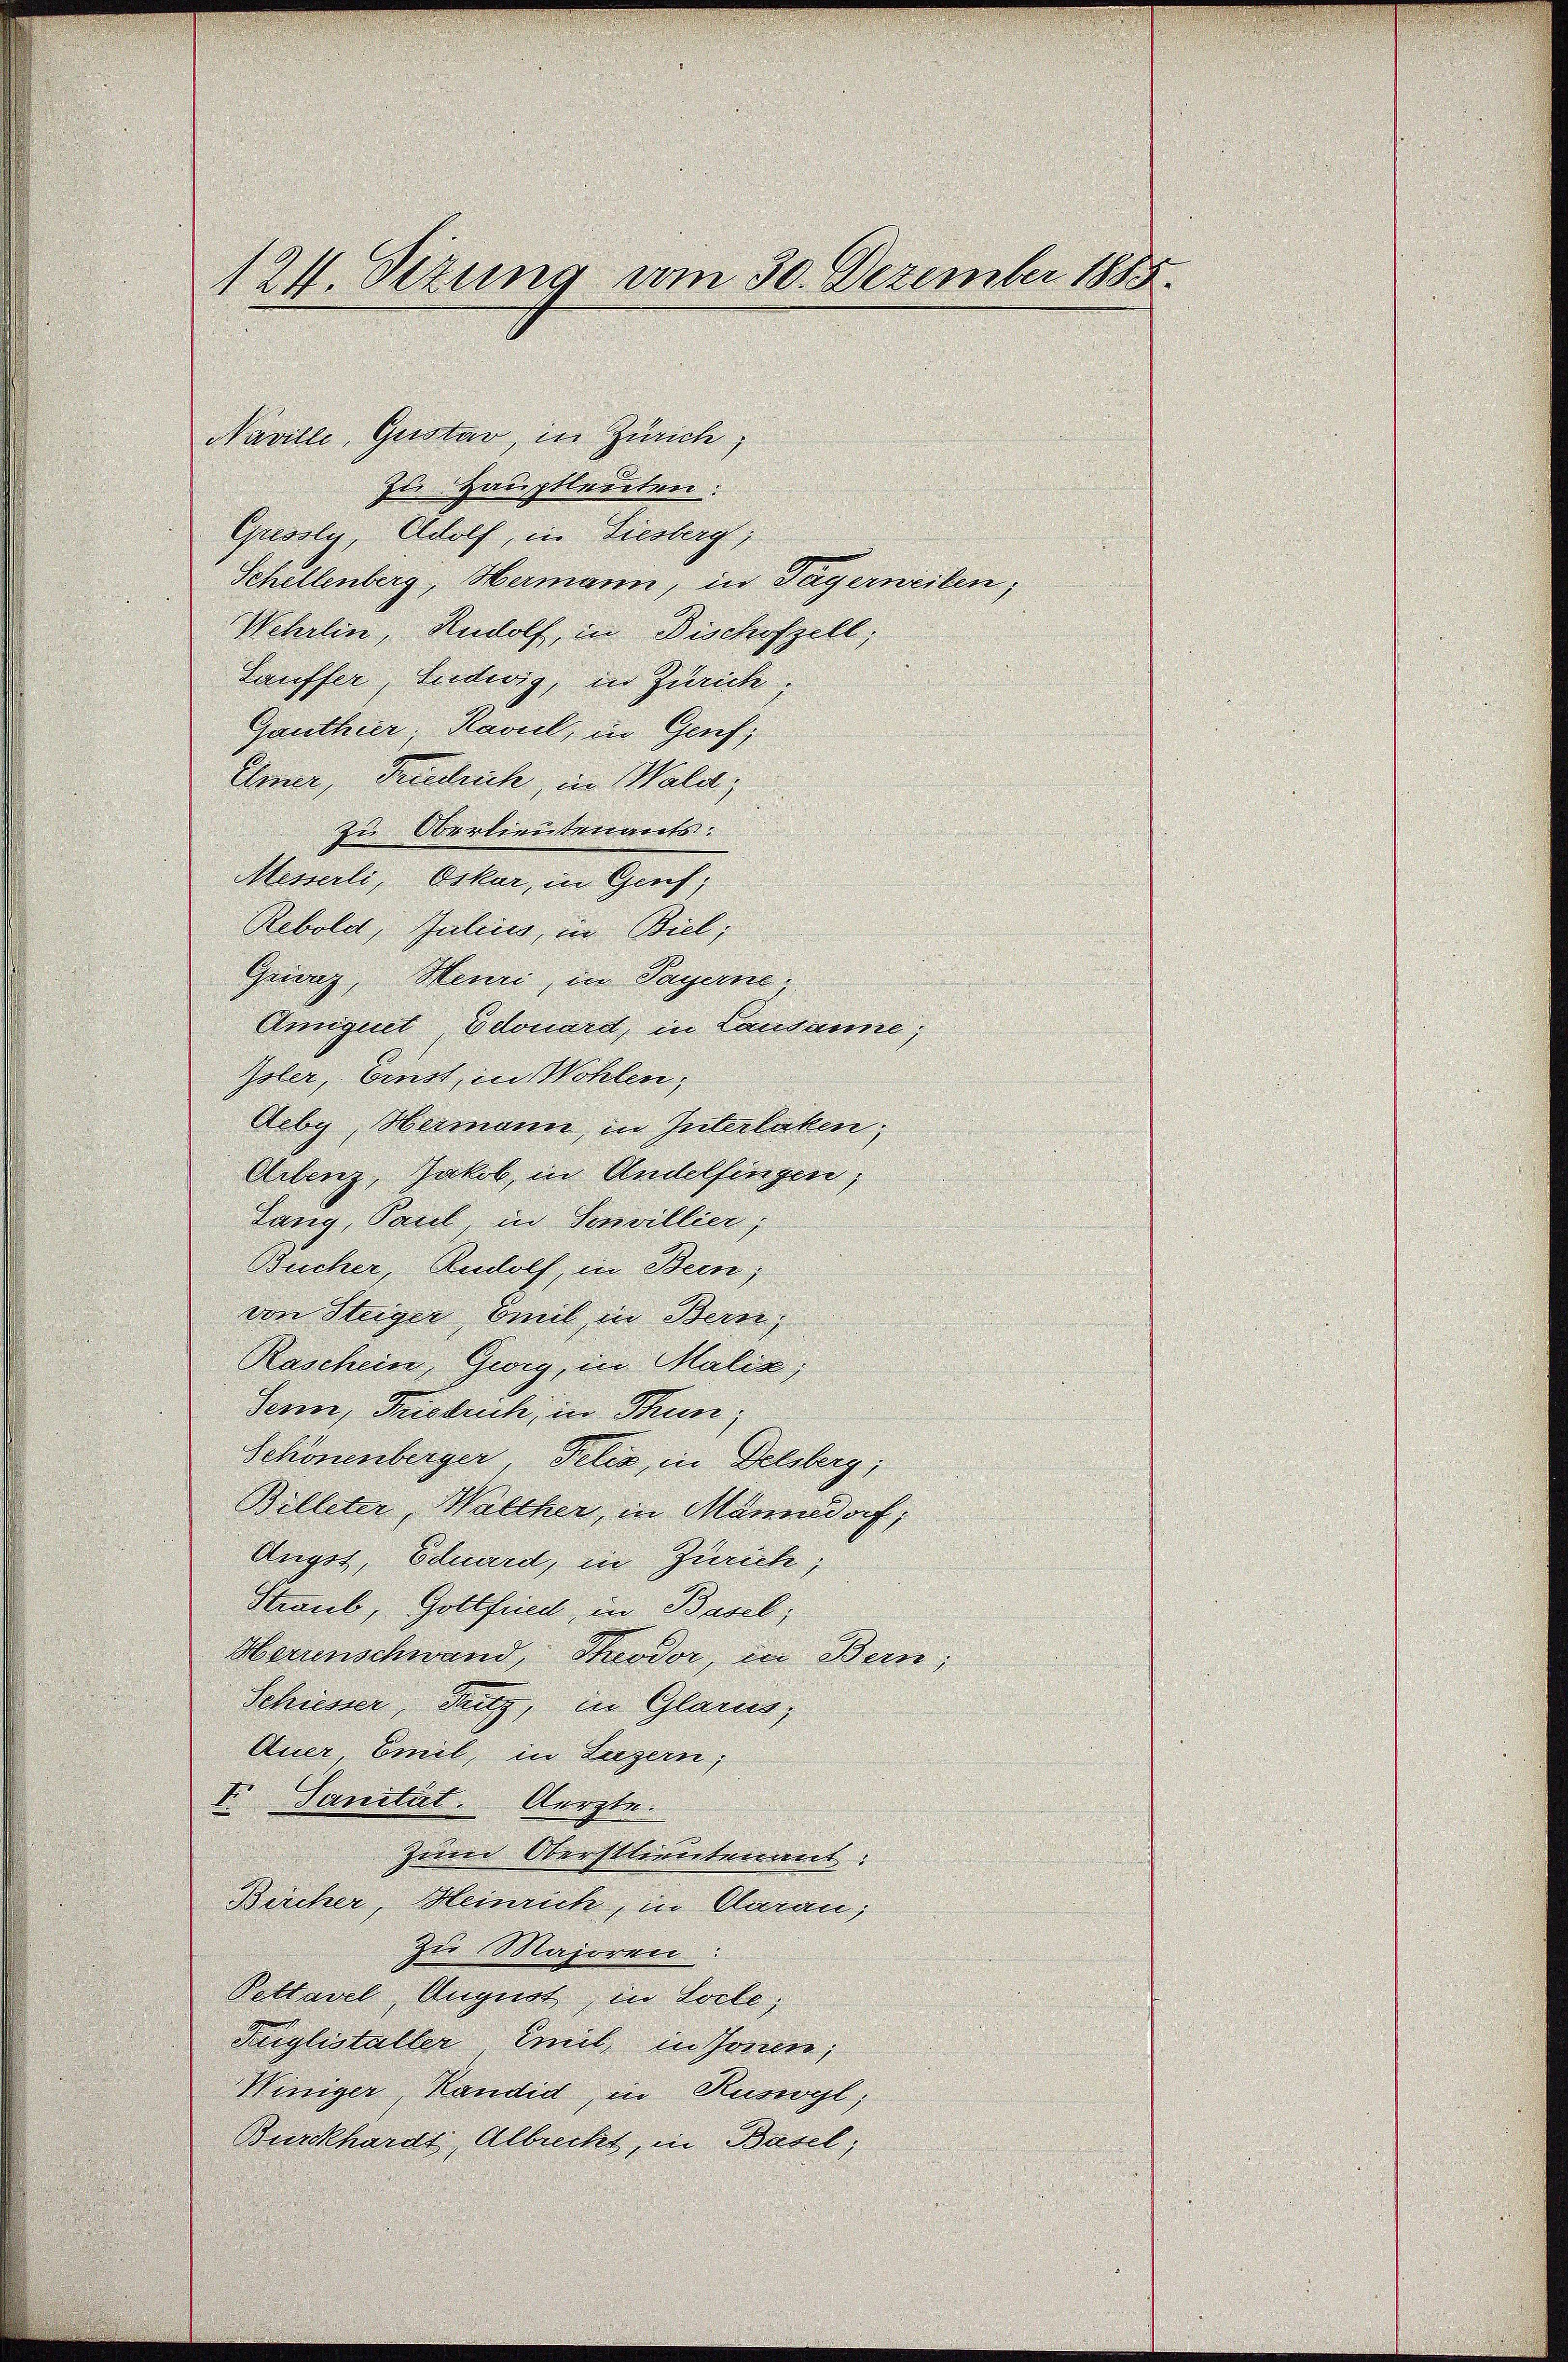
124. Sizung vom 30. Dezember 1885.

Naville, Gustav, in Zürich,
zu Hauptleuten:
Gressly, Adolf, in Diesberg;
Schellenberg, Hermann, in Payerneiten;
Wehrlin, Rudolf, in Dischofzell,
Lauffer, Ludwig, in Zürich.
Ganthier. Kavel, in Genf,
Emer, Friedrich, in Wald;
zu Oberlieutenants:
Messerli, Oskar, in Genf,
Rebold, Julius, in Biel;
Grivaz, Heuri, in Payerne.
Amiquet Edouard, in Lausanne;
Isler, Einst, in Wohlen,
Deby, Hermann, in Interlaken,
Arbenz, Jakob, in Andelfingen,
Lang, Paul, in Servillier,
Bucher, Rudolf, in Bern,
von Steiger Emil in Bern,
Raschein, Gwig, in Malix;
Seren, Fristrich, in Thun,
Schönenberger, Pelis, in Delsberg;
Billeter, Walcher, in Männedorf,
Angst, Eduard, in Zürich;
Straub, Gottfried, in Basel;
Herrenschwand, Theodor, in Bern;
Schiesser, Dutz, in Glarus,
Auer Emil, in Luzern,
I Sanität. Aerzte.
zum Oberstlieutenant.
Bercher, Heinrich, in Aarau;
zu Majoren:
Pettavel, August, in Loche;
Farglistaller Emit, in Sonen,
Winiger, Randid in Ruswyl,
Burckhardt, Albrecht, in Basel;